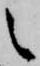
之